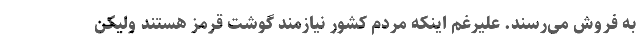
به فروش می‌رسند. علیرغم اینکه مردم کشور نیازمند گوشت قرمز هستند ولیکن